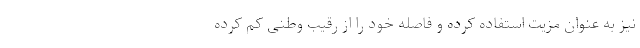
نیز به عنوان مزیت استفاده کرده و فاصله خود را از رقیب وطنی کم کرده